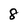
Character: 8